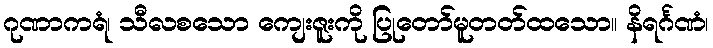
ဂုဏာကရံ၊ သီလစသော ကျေးဇူးကို ပြုတော်မူတတ်ထသော။ နိရင်္ဂဏံ၊